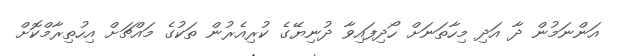
އަންނަމުން ދާ އަދި މިހާތަނަށް ހޯދިފައިވާ ދުނިޔޭގެ ކުރިއެރުން ތަކުގެ މައްޗަށް އިހުތިރާމްކޮށް